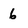
Character: 6